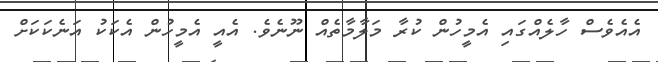
އެއެވެސް ހާލެއްގައި އެމީހުން ކުރާ މަލާމާތެއް ނޫނެވެ. އެއީ އެމީހުން އެކަކު އަނެކަކަށް